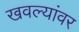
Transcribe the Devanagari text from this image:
खवल्यांवर